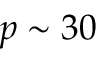
p \sim 3 0